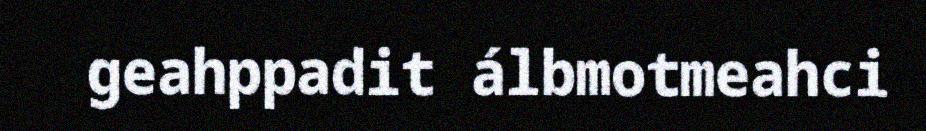
geahppadit álbmotmeahci